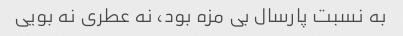
به نسبت پارسال بی مزه بود، نه عطری نه بویی